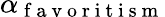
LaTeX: \alpha_{\mathrm{~f~a~v~o~r~i~t~i~s~m~}}